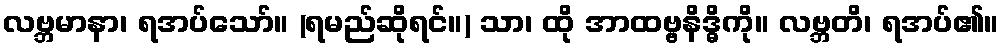
လဗ္ဘမာနာ၊ ရအပ်သော်။ (ရမည်ဆိုရင်။) သာ၊ ထို အာထဗ္ဗနိဒ္ဓိကို။ လဗ္ဘတိ၊ ရအပ်၏။